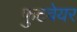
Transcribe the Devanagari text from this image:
फुटवेयर